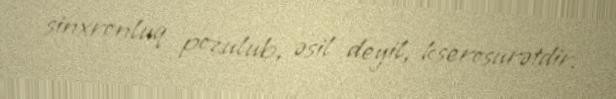
sinxronluq pozulub, əsil deyil, kserosurətdir.